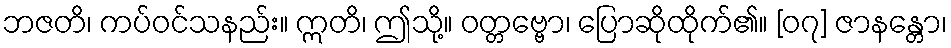
ဘဇတိ၊ ကပ်ဝင်သနည်း။ ဣတိ၊ ဤသို့။ ဝတ္တဗ္ဗော၊ ပြောဆိုထိုက်၏။ [၀၇] ဇာနန္တော၊